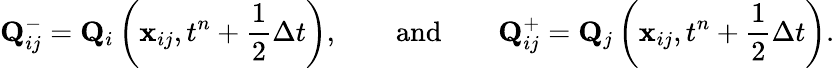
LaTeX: {\mathbf{Q}}_{ij}^{-}={\mathbf{Q}}_{i}\left(\mathbf{x}_{ij},t^{n}+\frac{1}{2}\Delta t\right),\qquad\textnormal{and}\qquad{\mathbf{Q}}_{ij}^{+}={\mathbf{Q}}_{j}\left(\mathbf{x}_{ij},t^{n}+\frac{1}{2}\Delta t\right).